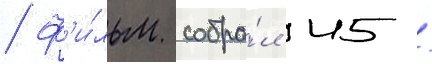
Ф'и́льм собра́л 45 /